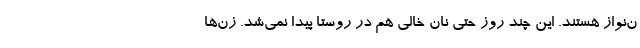
ن‌نواز هستند. این چند روز حتی نان خالی هم در روستا پیدا نمی‌شد. زن‌ها